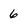
Character: 6